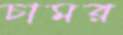
চামর